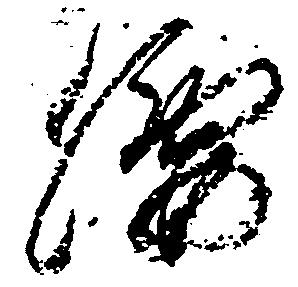
腰